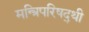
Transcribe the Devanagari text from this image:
मन्त्रिपरिषद्‍थी